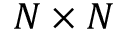
N \times N